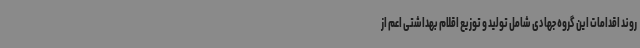
روند اقدامات این گروه جهادی شامل تولید و توزیع اقلام بهداشتی اعم از